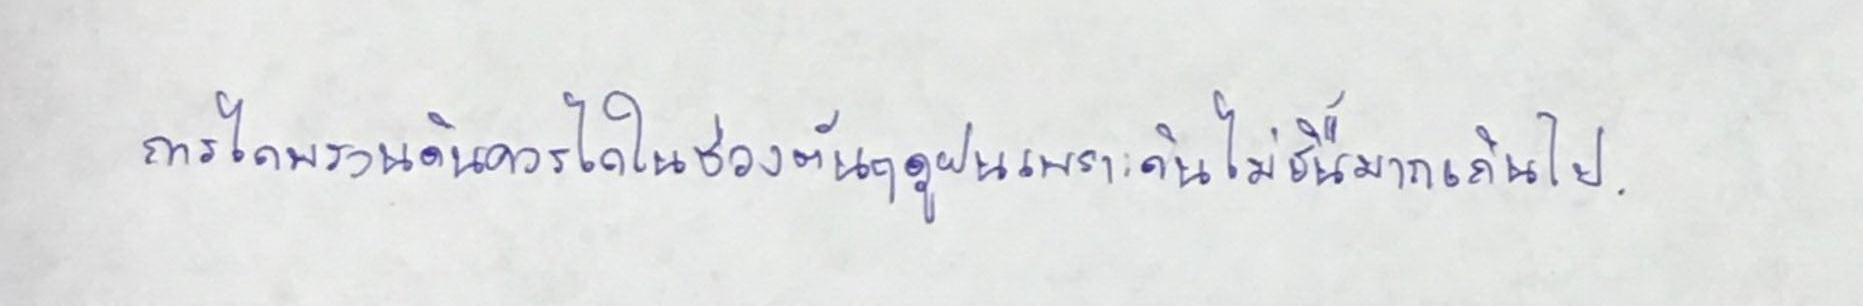
การไถพรวนดินควรไถในช่วงต้นฤดูฝนเพราะดินไม่ชื้นมากเกินไป